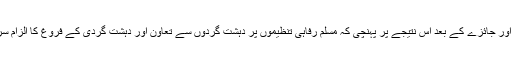
امریکہ کی ایک تنظیم FOCA (فرینڈز آف چیرٹیز ایسوسی ایشن) طویل تحقیق اور جائزے کے بعد اس نتیجے پر پہنچی کہ مسلم رفاہی تنظیموں پر دہشت گردوں سے تعاون اور دہشت گردی کے فروغ کا الزام سراسر غلط ہے چنانچہ FOCA نے ارکان کانگریس کو دو کھلے خطوط لکھے۔